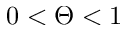
0 < \Theta < 1